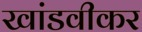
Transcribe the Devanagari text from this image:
खांडवीकर